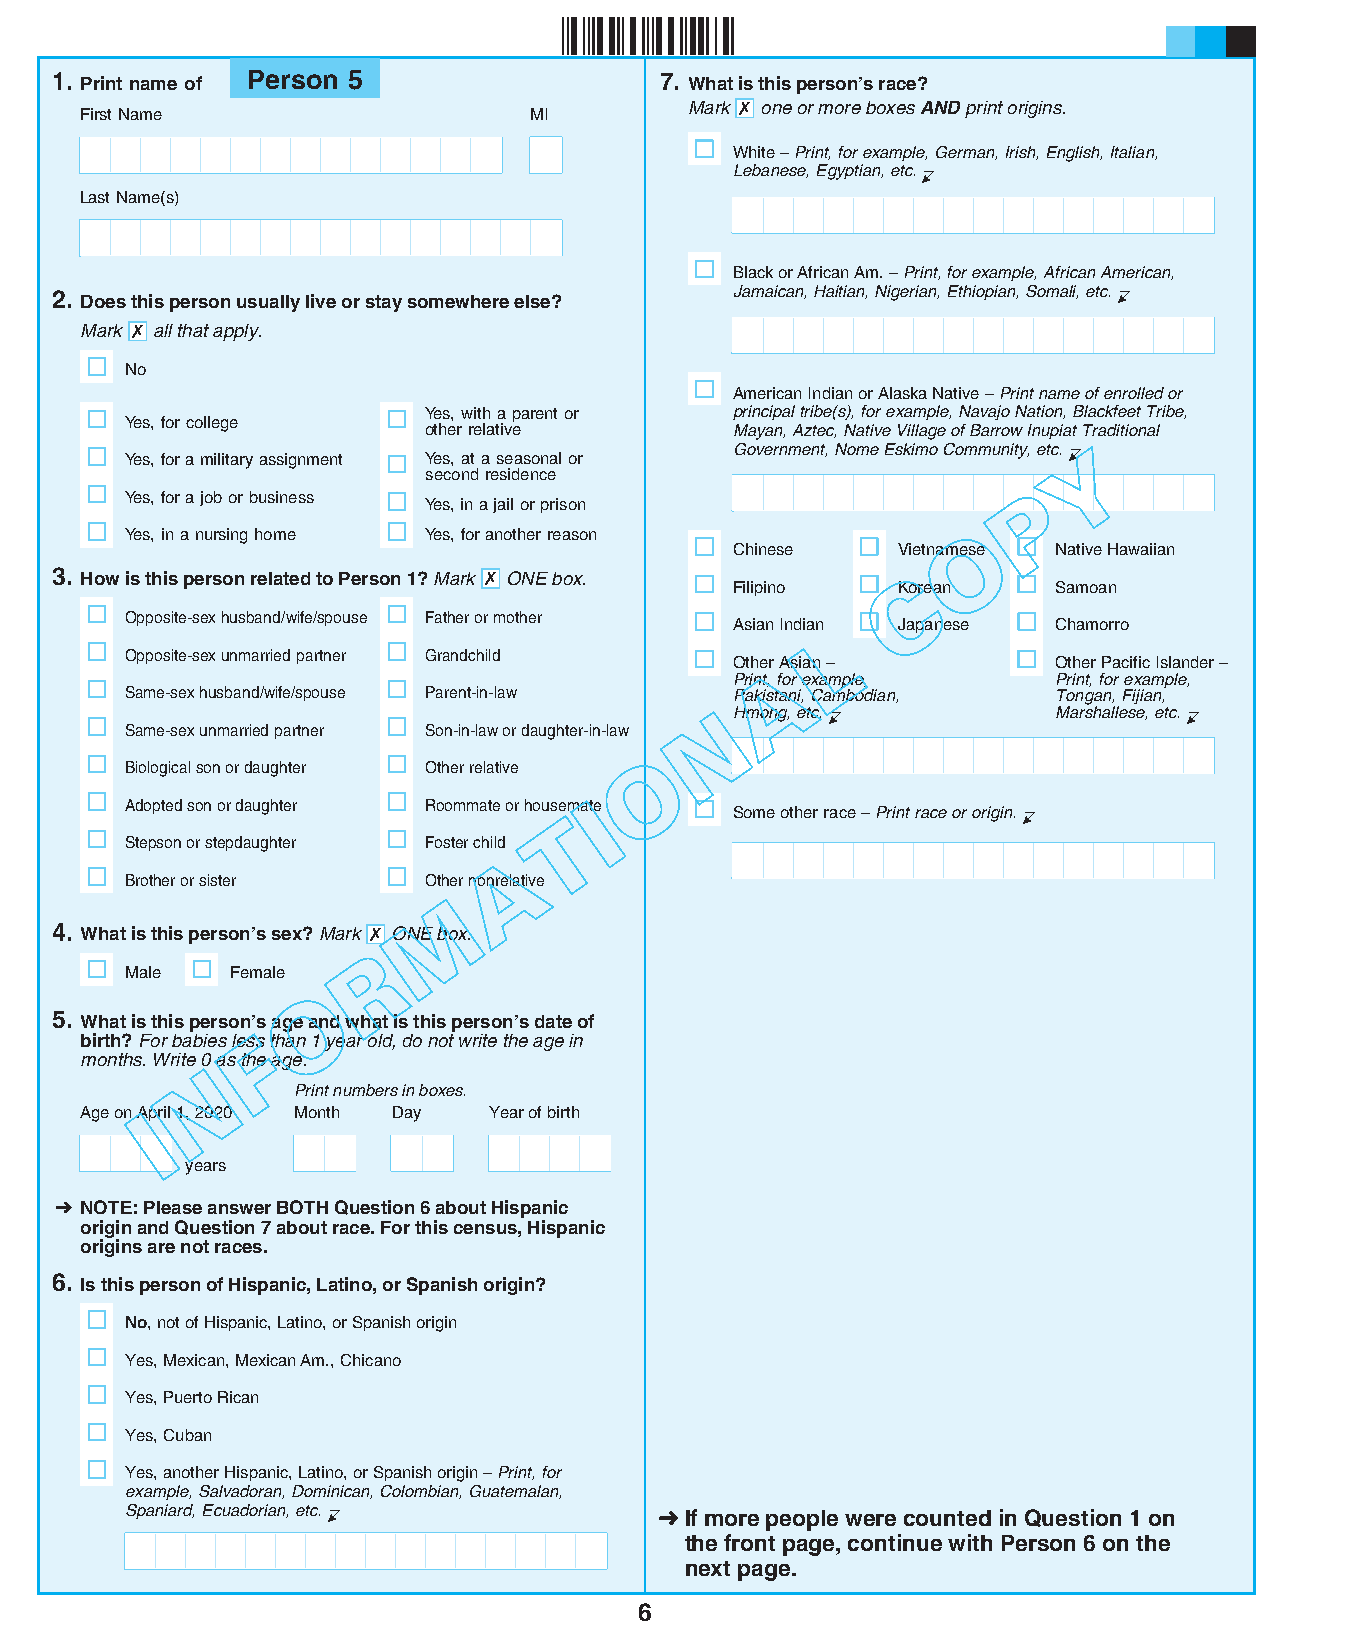
§,q!d¤
 1. Print name of Person 5                7. What is this person’s race?
 Mark KIJ one or more boxes AND print origins.
 First Name                    MI
 White – Print, for example, German, Irish, English, Italian,
 Lebanese, Egyptian, etc. C
 Last Name(s)
 Black or African Am. – Print, for example, African American,
 2. Does this person usually live or stay somewhere else? Jamaican, Haitian, Nigerian, Ethiopian, Somali, etc. C
 Mark IJK all that apply.
 No
 American Indian or Alaska Native – Print name of enrolled or
 Yes, with a parent or principal tribe(s), for example, Navajo Nation, Blackfeet Tribe,
 Yes, for college
 other relative      Mayan, Aztec, Native Village of Barrow Inupiat Trad itional
 Yes, for a military assignment Yes, at a seasonal or
 Government, Nome Eskimo Community, etc. CY
 second residence
 P
 Yes, for a job or business
 Yes, in a jail or prison
 O
 Yes, in a nursing home Yes, for another reason
 Chinese    Vietnamese Native Hawaiian
 3. How is this person related to Person 1? Mark KIJI JKON E box. C
 Filipino   Korean     Samoan
 Opposite-sex husband/wife/spouse Father or mother
 Asian Indian Japanese Chamorro
 L
 Opposite-sex unmarried partner Grandchild
 OtheAr Asian –        Other Pacific Islander –
 Print, for example,   Print, for example,
 Same-sex husband/wife/spouse Parent-in-law Pakistani, Cambodian, Tongan, Fijian,
 N Hmong, etc. C        Marshallese, etc. C
 Same-sex unmarried partner Son-in-law or daughter-in-law
 O
 Biological son or daughter Other relative
 I
 Adopted son or daughter Roommate or housemate
 T          Some other race – Print race or origin. C
 Stepson or stepdaughter Foster child
 A
 Brother or sister   Other nonrelative
 M
 4. What is this person’s sex? Mark IJK ONE box.
 R
 Male   Female
 O
 5. What is this person’s age and what is this person’s date of
 F
 birth? For babies less than 1 year old, do not write the age in
 months. Write 0 as the age.
 N
 Print numbers in boxes.
 Age on AIpril 1, 2020 Month Day Year of birth
 years
 ➜ NOTE: Please answer BOTH Question 6 about Hispanic
 origin and Question 7 about race. For this census, Hispanic
 origins are not races.
 6. Is this person of Hispanic, Latino, or Spanish origin?
 No, not of Hispanic, Latino, or Spanish origin
 Yes, Mexican, Mexican Am., Chicano
 Yes, Puerto Rican
 Yes, Cuban
 Yes, another Hispanic, Latino, or Spanish origin – Print, for
 example, Salvadoran, Dominican, Colombian, Guatemalan,
 Spaniard, Ecuadorian, etc. C       ➜ If more people were counted in Question 1 on
 the front page, continue with Person 6 on the
 next page.
 6